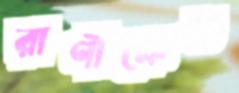
রাণীক্ষেত